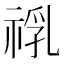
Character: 𱵙